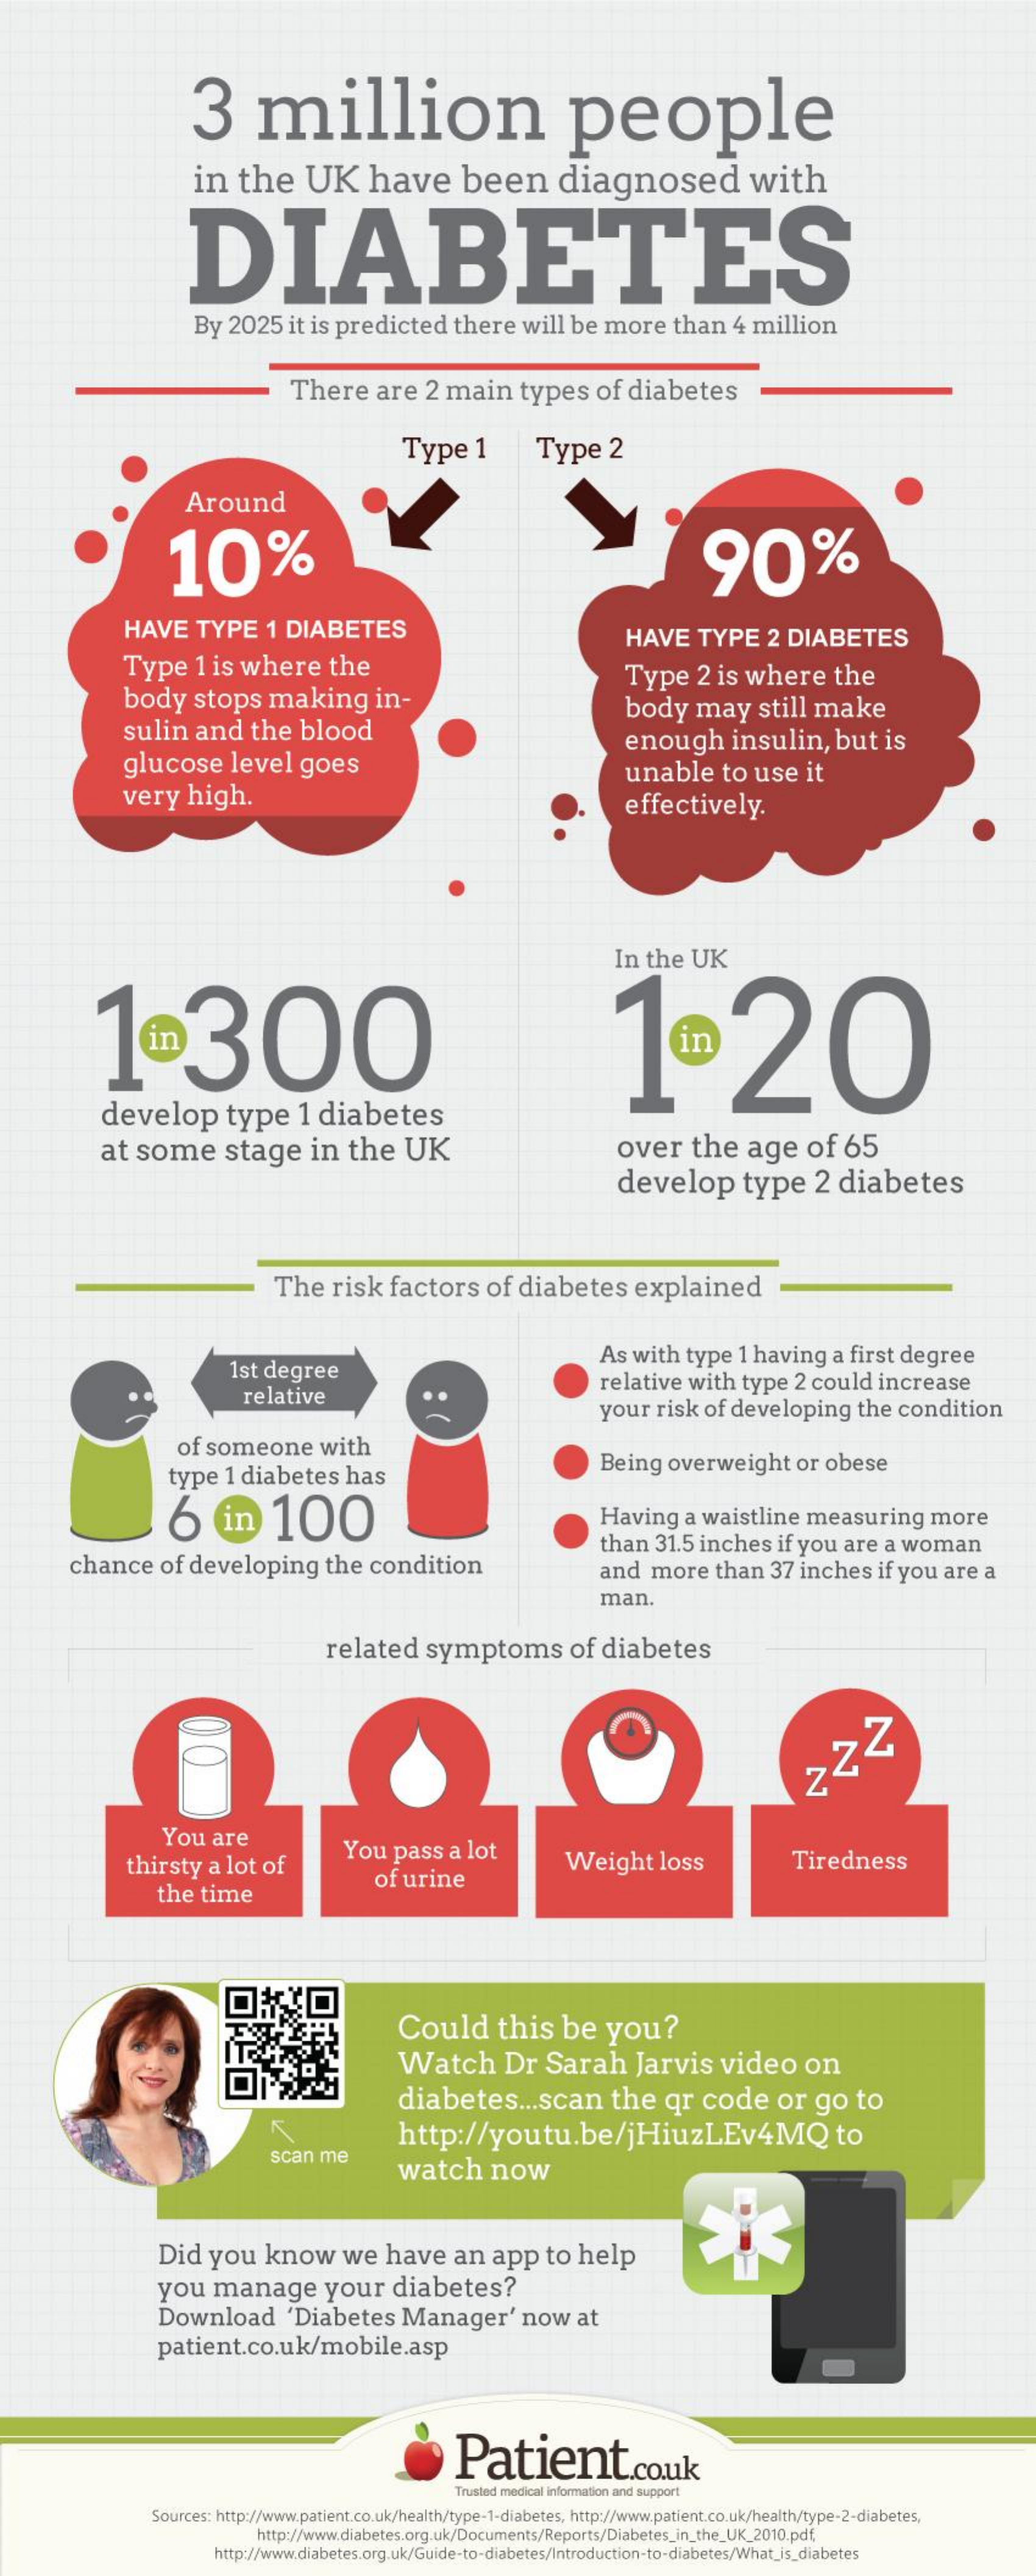
3    million    people
     in   the    UK    have    been    diagnosed    with
     DIABETES
     By   2025   it  is predicted    there    will   be  more    than    4 million
     There    are    2  main    types    of  diabetes
     Type    1    Type    2
     Around
     10%    90%
     HAVE    TYPE    1 DIABETES    HAVE    TYPE    2  DIABETES
     Type    1 is  where    the
     body    stops    making    in-
     Type    2 is  where    the
     sulin    and    the    blood
     body    may    still  make
     glucose    level    goes
     enough    insulin,    but    is
     very    high.
     unable    to  use    it
     effectively.
     In  the   UK
     1.300    1º20
     develop    type    1 diabetes
     at  some    stage    in    the    UK    over    the    age    of    65
     develop    type    2  diabetes
     The    risk    factors    of   diabetes    explained
     1st degree
     As  with   type   1 having    a first  degree
     relative
     relative    with   type   2 could    increase
     your   risk   of developing    the   condition
     of  someone    with
     type   1 diabetes    has    Being    overweight    or  obese
     6    in    100    Having    a waistline    measuring    more
     chance    of   developing    the   condition
     than   31.5  inches    if you  are   a woman
     and   more    than    37 inches    if you   are  a
     man.
     related    symptoms    of  diabetes
     Z
     22
     You   are
     thirsty    a lot  of    You   pass   a  lot
     the  time
     of urine
     Weight    loss    Tiredness
     Could    this    be    you?
     Watch    Dr    Sarah    Jarvis    video    on
     diabetes    ... scan    the    qr   code    or   go    to
     K    http://youtu.be/jHiuzLEv4MQ    to
     scan  me
     watch    now
     Did    you    know    we    have    an   app    to   help
     you    manage    your    diabetes?
     Download    'Diabetes    Manager'    now    at
     patient.co.uk/mobile.asp
     Patient.co.uk
     Trusted medical Information and support
     Sources: http://www.patient.co.uk/health/type-1-diabetes, http://www.patient.co.uk/health/type-2-diabetes,
     http://www.diabetes.org.uk/Documents/Reports/Diabetes_in_the_UK_2010.pdf,
     http://www.diabetes.org.uk/Guide-to-diabetes/Introduction-to-diabetes/What_is_diabetes